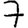
Digit: 7